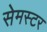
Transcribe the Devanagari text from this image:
सेमस्टर